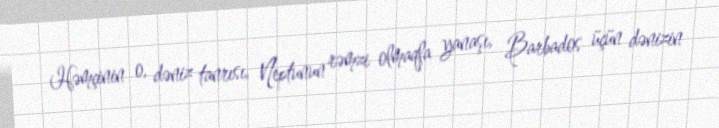
Həmçinin o, dəniz tanrısı, Neptunun rəmzi olmaqla yanaşı, Barbados üçün dənizin